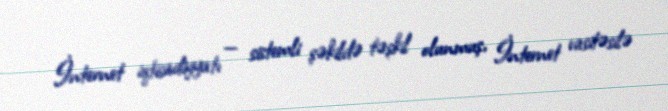
İnternet iqtisadiyyatı — sistemli şəkildə təşkil olunmuş, İnternet vasitəsilə